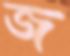
জ